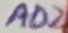
Text: AD2